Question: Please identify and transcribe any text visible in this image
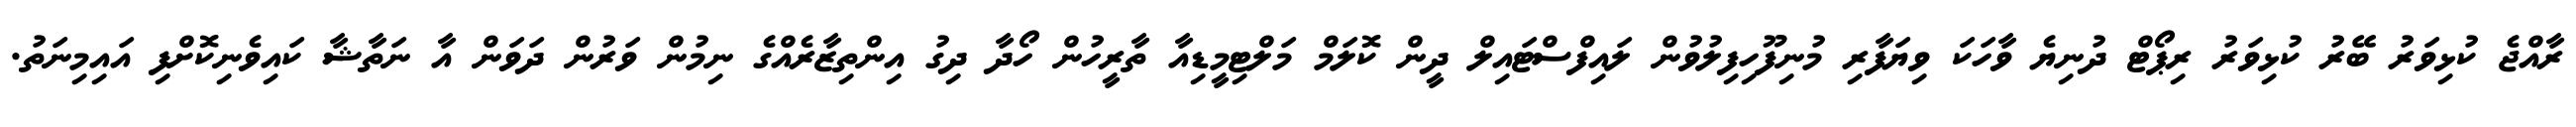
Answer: ރާއްޖެ ކުޅިވަރު ބޭރު ކުޅިވަރު ރިޕޯޓް ދުނިޔެ ވާހަކަ ވިޔަފާރި މުނިފޫހިފިލުވުން ލައިފްސްޓައިލް ދީން ކޮލަމް މަލްޓިމީޑިއާ ތާރީހުން ހޯދާ ދިގު އިންތިޒާރެއްގެ ނިމުން ވަރުން ދަވަން އާ ނަތާޝާ ކައިވެނިކޮށްފި އައިމިނަތު.